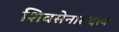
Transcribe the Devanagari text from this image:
शिवसेनासदस्य